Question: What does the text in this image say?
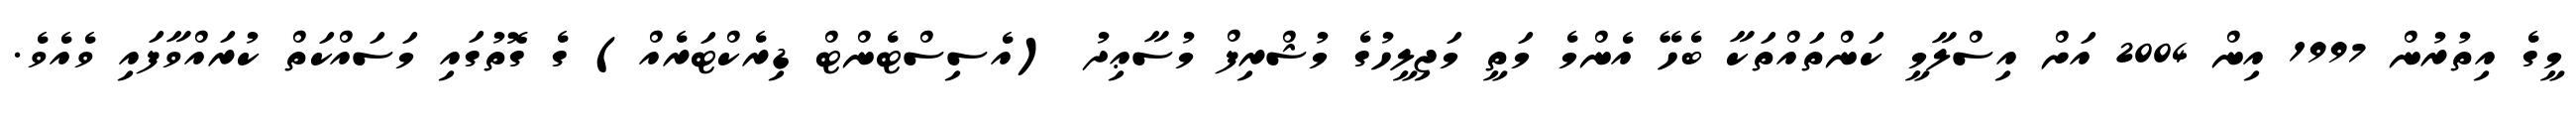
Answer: މީގެ އިތުރުން 1997 އިން 2004 އަށް އިސްލާމީ ކަންތައްތަކާ ބެހޭ އެންމެ މަތީ މަޖިލީހުގެ މުޝްރިފް މުސާޢިދު (އެސިސްޓެންޓް ޑިރެކްޓަރެއް) ގެ ގޮތުގައި މަސައްކަތް ކުރައްވާފައި ވެއެވެ.